Report on sanitation, dispensaries, and jails in Rajputana for 1912, and on vaccination for the year 1912-1913 - 1912-1913
Year: 1912
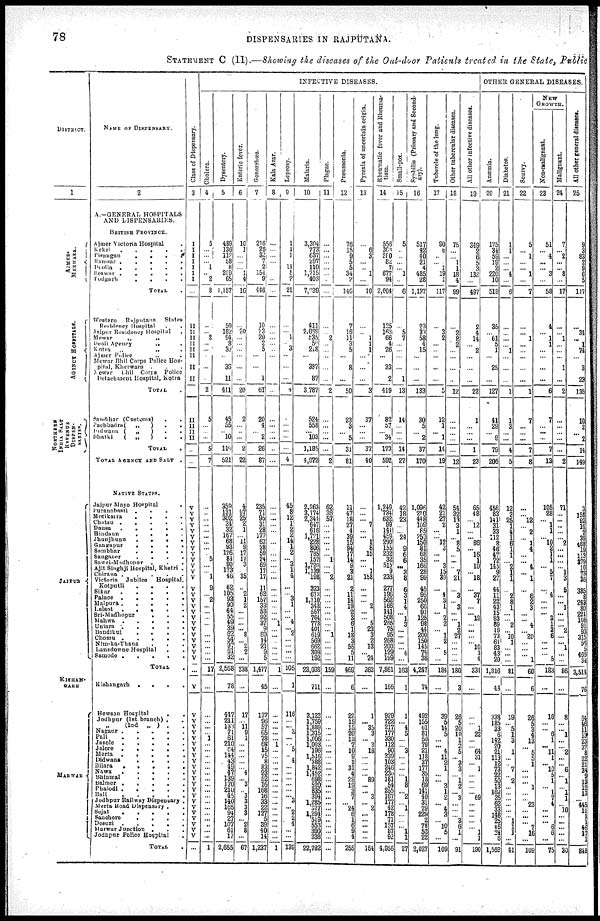
78
DISPENSARIES IN RAJPUTANA.
STATEMENT C (II).—Showing the diseases of the Out-door Patients treated in the State, Public
DISTRICT.
1
AJMER¬
MERWARA.
AGENCY HOSPITALS.
NORTHERN
INDIA SALT
DISPEN¬
SARIES
JAIPUR
KISHAN¬
GARH
MARWAR
NAME OF DISPENSARY.
2
A.—GENERAL HOSPITALS
AND DISPENSARIES.
BRITISH PROVINCE.
Ajmer Victoria Hospital .
Kekri
.
.
.
.
.
Bisangan
.
.
.
.
Ramsar .
.
.
.
.
Deolia
.
.
.
.
.
Beawar .
.
.
. .
Podgarh
.
.
.
.
TOTAL .
Western Rajputana States.
Residency Hospital
.
.
Jaipur Residency Hospital
.
Mewar
„
„
Deoli Agency
„
.
Kotra „
„ .
Ajmer Police „ .
Mewar Bhil Corps Police Hos¬
pital, Kherwara . . .
Mewar Bhil Corps Police
Detachment Hospital, Kotra
TOTAL .
Sambhar (Customs) . .
Pachbadra(
„
)
.
.
Bidwana ( „
)
.
.
Bhatki
( „
) . .
TOTAL .
TOTAL AGENCY AND SALT .
NATIVE STATES.
Jaipur Mayo Hospital .
Puranabasti .
. . .
Motikatra
.
.
.
.
Chatsu
.
.
.
.
.
Dausa .
.
.
.
.
Hindaun
.
.
.
Jhunjhunu
.
.
.
.
Gangapur
.
.
.
.
Sambhar
.
.
.
.
Sanganer
.
.
.
.
Sawai-Madhopur .
.
.
Ajit Singhji Hospital, Khetri .
Chirawa
.
.
.
.
.
Victoria Jubilee Hospital.
Kotputli . . . .
Sikar
.
.
.
.
.
Palace
.
.
.
.
.
Malpura .
.
.
.
.
Lalsot . . .
Sri-Madhopur
.
.
.
Mahwa
.
.
.
.
.
Uniara
.
.
.
.
.
Bandikul
.
.
.
.
Chomu
.
.
.
. .
Nim-ka-Thana . . .
Lansdowne Hospital
. .
Samode .
.
.
.
.
TOTAL .
Kishangarh .
.
.
.
Hewson Hospital
.
.
Jodhpur (1st branch) . .
„ (2nd „ ) . .
Napaur .
.
.
.
.
Pali
.
.
.
.
.
Jasole
.
.
.
.
.
Jalore .
.
.
.
.
Merta
.
.
.
.
.
Didwana
.
.
.
.
Bilara
.
.
.
.
.
Nawa
.
.
.
.
.
Bhinmal
.
.
.
.
Balmer
.
.
.
.
.
Phalodi
.
.
.
.
.
Bali
.
.
.
.
.
Jodhpur Railway Dispensary .
Merta Road Dispensary . .
Sojat
.
.
.
.
.
Sanchore
.
.
.
.
Desuri .
.
.
.
.
Marwar Junction .
.
.
Jodhpur Police Hospital .
TOTAL
.
Class of Dispensary.
3
I
I
I
I
I
I
I
...
II
II
II
II
II
II
II
II
II
II
II
II
...
...
V
V V
V
V V
V
V
V
V
V V
V
V
V
V
V
V
V
V
V
V
V
V
V
V
...
V
V
V
V
V
V
V
V
V
V
V
V
V
V
V
V
V
V
V
V
V
V
V
...
INFECTIVE DISEASES.
Cholera.
4
5
... ...
... 1
... 2
8
...
... 2
...
...
...
...
...
2
5
...
... ...
5
7
...
...
...
...
... ...
...
...
... 5
...
... 1
9
... 2
...
...
...
...
...
...
...
...
...
17
...
...
...
...
... 1
...
...
...
...
...
...
...
...
...
... ...
...
...
...
...
... ...
1
Dysentery.
5
489
136
112
58
8
289
65
1,157
50
182
94
8
30
...
36
11
411
45
55
... 10
119
521
359
131
302
34
32
167
68
93
126
81
90
173
46
62
105
93
90
64
55
49
39
62
54
97
61
32
2,568
78
447
211
133 71
61
210
64
144
43
49
47
139
170
210
45
140
165
94
27
107
61
17
2,655
Enteric fever.
6
10
1
...
...
... 1
4
16
...
20
...
...
...
...
...
...
20
2
...
... ...
2
22
4
97
25
2
1
... 11
9
17
17
3
... 35
...
2
1
2
...
...
...
... 8
... 2
2
...
238
...
17
... 11
9
1
...
...
...
...
... 4
... 3
... 3
3
3 3
... 2
8
...
67
Gonorrhœa.
7
216
26
32
7
2
154
9
446
10
23
20
2
5
...
...
1
61
20
4
... 2
26
87
235
71
95
31
28
177
63
28
59
24
69
17
17
11
62
157
33
53
92
37
9
60
14
21
9
5
1,477
45
137
96
57
65
78
68
15
75
8
83
23
52
16
168
16
33
22
127
5
39
40
14
1,237
Kala Azar.
8
...
... ...
...
...
...
...
...
...
...
...
...
...
...
...
...
...
...
...
...
...
...
... ...
...
...
...
...
...
...
...
...
...
...
...
...
...
... 1
...
...
...
...
...
...
1
...
...
...
...
...
... 1
...
...
...
...
...
...
...
...
...
...
...
...
...
...
...
...
1
Leprosy.
9
1
1
1
11
5 2
21
...
... 1
... 3
...
...
...
8
...
...
... ...
...
4
45
8
12
1
2
2
14
1
2
... 3
1
4
...
... 3
1
...
... 4
... 2
...
...
...
...
105
1
116
...
... 3
...
... 5
4
...
...
...
...
...
... 3
... 2
2
4
...
...
139
Malaria.
10
3,304
773
637
297
110
1,715
403
7,239
411
2,069
535
50
248
...
387
87
3,787
524
558
... 103
1,185
4,972
2,263
3,174
2,341
647
616
1,721
228
806
785
157
1,720
1,139
198
323
613
1,110
348
557
764
773
401
619
569
662
309
192
23,038
711
3,123
1,759
1,889
1,315
1,096
1,008
196
1,516
388
1,842
1,452
698
520
835
394
1,285
377
1,294
519
553
390
338
22,782
Plague.
11
...
...
...
...
...
...
...
...
... 2
...
...
...
...
...
2
...
...
... ...
...
2
62
36
57
...
... ...
...
...
1
...
... 2
...
...
...
...
...
...
...
... 3
...
...
...
...
159
...
...
...
...
... ...
...
...
...
...
...
...
...
...
...
...
...
...
...
...
...
...
Pneumonia.
12
76
15
9
5
5
34
2
146
7
16
11
3
5
...
8
...
50
23
3
... 5
31
81
11
47
18
27
4
39
15
94
17
14
9
3
21
2
11
14
19
2
3
6
1
18
3
55
5
11
469
6
22
15
15
20
13
7
10
9
1
31
4
29
19
3
7
... 24
6
1
6
9
4
255
Pyrexia of uncertain origin.
13
...
6
3
...
... 1
...
10
...
... 1
1
1
...
...
...
3
37
...
... ...
37
40
...
...
... 7
... ... 1
8
15
...
... 1
158
...
...
... 2
...
... 5
23
3
2
13
... 24
262
...
1
... 35
3
... 3
18
...
... ...
... 39
...
... 3
... 2
...
...
...
...
...
154
Rheumatic fever and Rheuma-
tism.
14
556
303
280
82
7
677
94
2,004
125
163
66
4
26
...
33
2
419
82
57
... 34
173
592
1,249
734
632
99
141
459
290
155
232
32
515
9
233
277
196
562
166
141
503
265
75
95
268
200
129
199
7,861
166
929
722
217
177
330
112
90
339
103
240
230
181
54
255
167
177
42
178
71
157
37
92
4,956
Small-pox.
15
5
...
...
...
... 1
...
6
...
5
7
...
...
...
...
1
13
14
...
... ...
14
27
42
18
23
...
... 24
9
6
6
... 3
8
6
3
1
4
... 1
3
...
...
...
... 6
...
163
1
1
... 4
5
...
... 3
...
...
...
... 1
8
... 2
... 1
...
...
... 1
1
27
Syphilis (Primary and Second-
ary).
16
517
42
40
21
4
485
28
1,137
23
33
58
4
15
...
...
...
133
30
5
... 2
37
170
l,096
210
448
109
85
253
150
81
68
35
166
28
99
45
95
250
66
91
125
98
44
200
150
145
74
36
4,247
74
492
155
61
81
50
79
21
118 37
177
35
18
69
141
40
31
29
229
2
78
52
22
2,027
Tubercle of the lung.
17
90
8
...
... 1
19
1
117
...
3
2
...
...
...
...
...
5
12
1
... 1
14
19
42
21
27
2
... ... 12
3
...
... 3
15
39
...
4
3
1
... 2
2
... 1
2
... 5
...
184
...
39
5
14
5
... ... 4
11
2
1
...
... 3
1
2
... 4
3
... 10
5
...
109
Other tubercular diseases.
18
75
...
... 1
1
18
4
99
...
2
8
2
...
...
...
...
12
...
...
... ...
...
12
54
32
13 3
1
... 8
5
...
...
... 7
21
...
3
... 3
...
... 1
2
27
...
...
...
...
180
3
26
5
20
10
1
2
5
... 3
3
... 1
2
... 3
...
...
... 3 6
1
...
91
All other infective diseases.
19
349
2
6
5
3
132
...
497
2
4
14
... 2
...
...
...
22
1
...
... ...
1
23
65
48
... 12
... ... 86
... 16
1
10
... 18
...
37
7
...
... 19
...
...
...
... 10
1
4
334
...
...
... 1
22
...
... 64 31
... 1
...
...
...
... 69
...
...
...
...
... 1
1
190
OTHER GENERAL DISEASES.
Anxmia.
20
175
34
59
19
2
220
10
519
35
... 61
5
1
...
25
...
127
41
29
... 9
79
206
456
83
141
31
33
112
8
46
47
72
145
9
27
44
11
22
43
15
83
89
19
73
61
83
43
20
1,816
48
338
185
33
6
142
20
21
113
12
73
22
50
13
162
35
62
33
148
25
46
24
6
1,569
Diabetes.
21
1
1
...
...
... 4
...
6
...
...
...
... 1
...
...
...
1
1
3
... ...
4
5
12
2
25
1
4 1
6
1
1
... 2
1
1
...
2
8
1
...
... 2
... 10 1
... ...
...
81
...
19
... 5
1
3
1
...
... 7
... 2
...
...
...
...
...
... 1 1
1
...
41
Scurvy.
22
5
... 1
...
... 1
...
7
...
... 1
...
...
...
...
...
1
7
...
... ...
7
8
...
... 12
... 2
... 1
4
...
... 4
... 1
...
6
2
3
... ... 4
... 20
...
...
... 1
60
6
26
5
3
4
13
... 5
5
1
...
...
... 1
...
... 23
... ...
... 7
16
...
109
NEW
GROWTH.
Non-malignant.
23
51
... 4
...
... 3
...
58
4
... 1
1
...
...
...
...
6
7
...
...
...
7
13
105
28
... 1
1
... 10
2
1
1
... 5
7
...
4
... ...
... 3
1
2 6
... ...
... 5
183
...
16
...
... 6
1
... 11
1
... 10
5
1
... 1
7
4
...
...
... 6
6
...
75
Malignant.
24
7
... 2
...
... 8
...
17
...
... 1
...
...
...
1
...
2
...
...
...
...
...
2
71
...
...
...
...
... 2
...
...
...
... 1
3
5
...
... 1
... ...
... 2
...
... 1
...
...
86
...
8
...
... 1
...
... 2
...
... 6
... 1
... 1
1
... 10
...
...
...
...
...
30
All other general diseases.
25
9
3
83
2
9
6
5
117
...
34
... 1
74
...
3
23
135
10
2
... 2
14
149
3
158
92
14
2
39
468
19
113
379
10
73
36
385
3
243
80
221
108
91
93
315
56
5
469
34
3,514
76
64
46
11
13
23
37
8
22 21
34
9
13
12
13
... 445
11
1
1
46
17
1
848